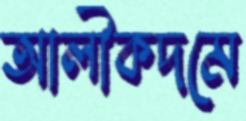
আলীকদমে